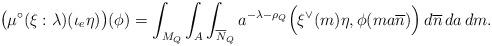
LaTeX: \begin{align*}\big(\mu^{\circ}(\xi:\lambda)(\iota_{e}\eta)\big)(\phi)=\int_{M_{Q}}\int_{A}\int_{\overline{N}_{Q}}a^{-\lambda-\rho_{Q}} \Big(\xi^{\vee}(m)\eta,\phi(ma\overline{n})\Big)\,d\overline{n}\,da\,dm.\end{align*}